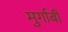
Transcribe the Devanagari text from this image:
मुर्गाबी